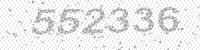
Solution: 552336